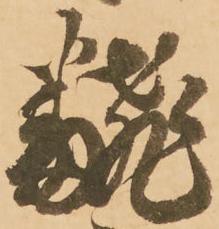
翻